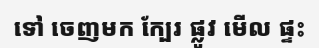
ទៅ ចេញមក ក្បែរ ផ្លូវ មើល ផ្ទះ